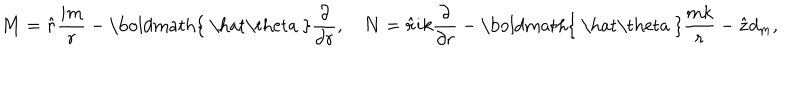
{ \bf M } = { \bf \hat { r } } { \frac { i m } { r } } - \mathrm { \boldmath { ~ \hat { \ t h e t a } ~ } } { \frac { \partial } { \partial r } } , \quad { \bf N } = { \bf \hat { r } } i k { \frac { \partial } { \partial r } } - \mathrm { \boldmath { ~ \hat { \ t h e t a } ~ } } { \frac { m k } { r } } - { \bf \hat { z } } d _ { m } ,